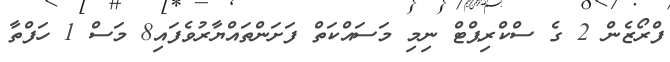
ފްރޯޒެން 2 ގެ ސްކްރިޕްޓް ނިމި މަސައްކަތް ފަށަންތައްޔާރުވެފައި8 މަސް 1 ހަފްތާ